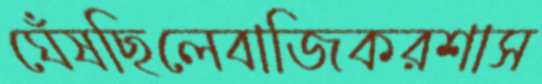
ঘেঁষছিলেবাজিকরশাস